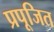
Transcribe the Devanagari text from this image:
प्रपूजित